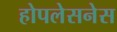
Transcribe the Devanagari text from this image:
होपलेसनेस